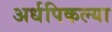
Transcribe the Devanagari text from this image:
अर्धपिकल्या